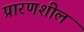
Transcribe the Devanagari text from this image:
प्रारणशील